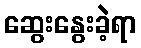
ဆွေးနွေးခဲ့ရာ